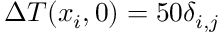
\Delta T ( x _ { i } , 0 ) = 5 0 \delta _ { i , j }